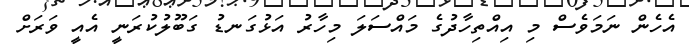
އެހެން ނަމަވެސް މި އިއްތިހާދުގެ މައްސަލަ މިހާރު އަޅުގަނޑު ގަބޫލުކުރަނީ އެއީ ވަރަށް